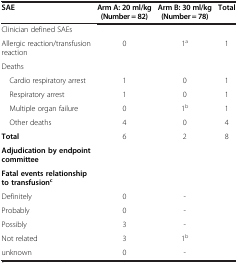
<table><thead><tr><td><b>SAE</b></td><td><b>Arm A: 20 ml/kg (Number = 82)</b></td><td><b>Arm B: 30 ml/kg (Number = 78)</b></td><td><b>Total</b></td></tr></thead><tbody><tr><td>Clinician defined SAEs</td><td> </td><td> </td><td> </td></tr><tr><td>Allergic reaction/transfusion reaction</td><td>0</td><td>1<sup>a</sup></td><td>1</td></tr><tr><td>Deaths</td><td> </td><td> </td><td> </td></tr><tr><td> Cardio respiratory arrest</td><td>1</td><td>0</td><td>1</td></tr><tr><td> Respiratory arrest</td><td>1</td><td>0</td><td>1</td></tr><tr><td> Multiple organ failure</td><td>0</td><td>1<sup>b</sup></td><td>1</td></tr><tr><td> Other deaths</td><td>4</td><td>0</td><td>4</td></tr><tr><td><b>Total</b></td><td>6</td><td>2</td><td>8</td></tr><tr><td><b>Adjudication by endpoint committee</b></td><td> </td><td> </td><td> </td></tr><tr><td><b>Fatal events relationship to transfusion</b><sup><b>c</b></sup></td><td> </td><td> </td><td> </td></tr><tr><td>Definitely</td><td>0</td><td>-</td><td> </td></tr><tr><td>Probably</td><td>0</td><td>-</td><td> </td></tr><tr><td>Possibly</td><td>3</td><td>-</td><td> </td></tr><tr><td>Not related</td><td>3</td><td>1<sup>b</sup></td><td> </td></tr><tr><td>unknown</td><td>0</td><td>-</td><td> </td></tr></tbody></table>